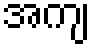
အကျ